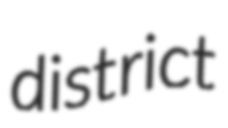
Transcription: district